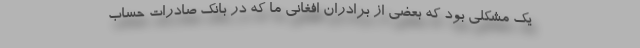
یک مشکلی بود که بعضی از برادران افغانی ما که در بانک صادرات حساب